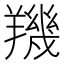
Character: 𦏑